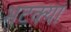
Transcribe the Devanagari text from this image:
भटक्‍या